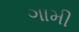
ગામી